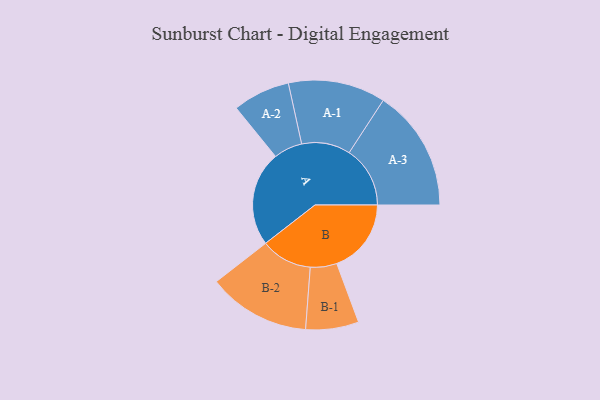
{"axis": {"x": "Segment", "y": "Value"}, "legend": ["", "A", "B"], "data": [{"x": "A", "y": 441, "type": ""}, {"x": "B", "y": 346, "type": ""}, {"x": "A-1", "y": 226, "type": "A"}, {"x": "A-2", "y": 133, "type": "A"}, {"x": "A-3", "y": 283, "type": "A"}, {"x": "B-1", "y": 123, "type": "B"}, {"x": "B-2", "y": 238, "type": "B"}]}